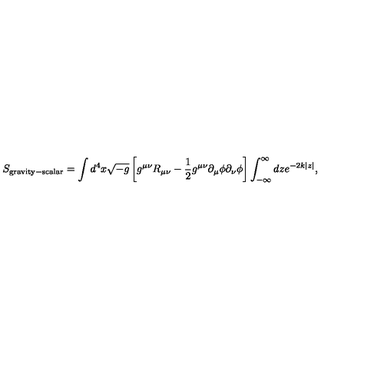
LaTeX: S _ { \mathrm { g r a v i t y - s c a l a r } } = \int d ^ { 4 } { x } \sqrt { - g } \left[ g ^ { \mu \nu } R _ { \mu \nu } - \frac { 1 } { 2 } g ^ { \mu \nu } \partial _ { \mu } \phi \partial _ { \nu } \phi \right] \int _ { - \infty } ^ { \infty } d z e ^ { - 2 k | z | } ,